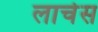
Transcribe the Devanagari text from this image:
लार्चेस